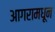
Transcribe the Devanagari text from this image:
आगरामधून